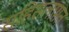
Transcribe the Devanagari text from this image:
सहिसलामत